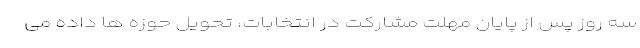
سه روز پس از پایان مهلت مشارکت در انتخابات، تحویل حوزه ها داده می